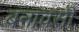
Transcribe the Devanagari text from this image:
बनावसी